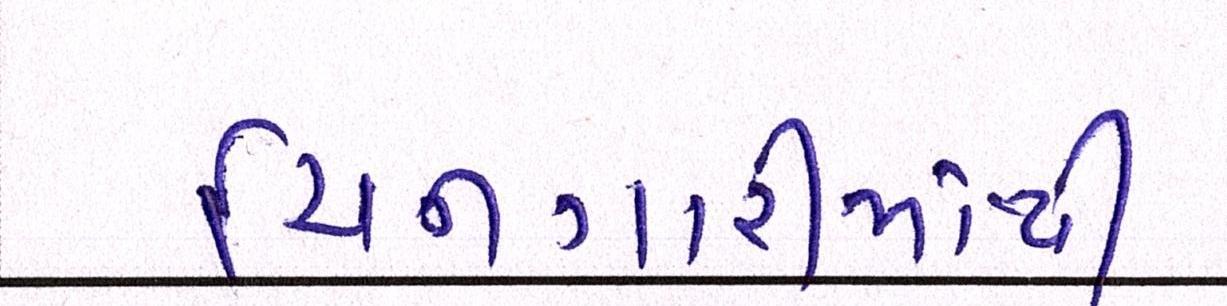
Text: ચિનગારીમાંથી